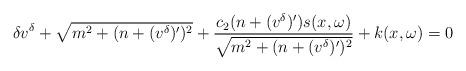
LaTeX: \begin{align*}\delta v^{\delta}+\sqrt{m^{2}+(n+(v^{\delta})')^{2}}+\frac{c_{2}(n+(v^{\delta})')s(x,\omega)}{\sqrt{m^{2}+(n+(v^{\delta})')^{2}}}+k(x,\omega)= 0\end{align*}